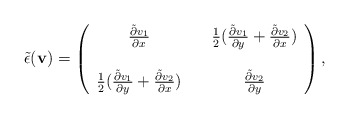
\begin{align*}\tilde{\epsilon}(\mathbf v)= \left(\begin{array}{cc}\frac{\tilde{\partial} v_1}{\partial x}&\quad\frac{1}{2}(\frac{\tilde{\partial} v_1}{\partial y}+\frac{\tilde{\partial} v_2}{\partial x})\\ \\\frac{1}{2}(\frac{\tilde{\partial} v_1}{\partial y}+\frac{\tilde{\partial} v_2}{\partial x})&\quad\frac{\tilde{\partial} v_2}{\partial y}\end{array}\right),\end{align*}